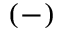
( - )